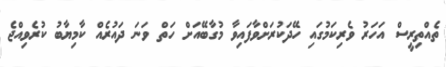
ތެއްތިރީސް އަހަރު ވެރިކަމުގައި ހޭދަކުރަށްވާފައިވާ މުގާބޭއަށް ހަތް ވަނަ ދައުރެއް ކާމިޔާބު ކުރެވިއްޖެ